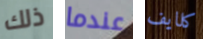
ذلك عندما كلايف